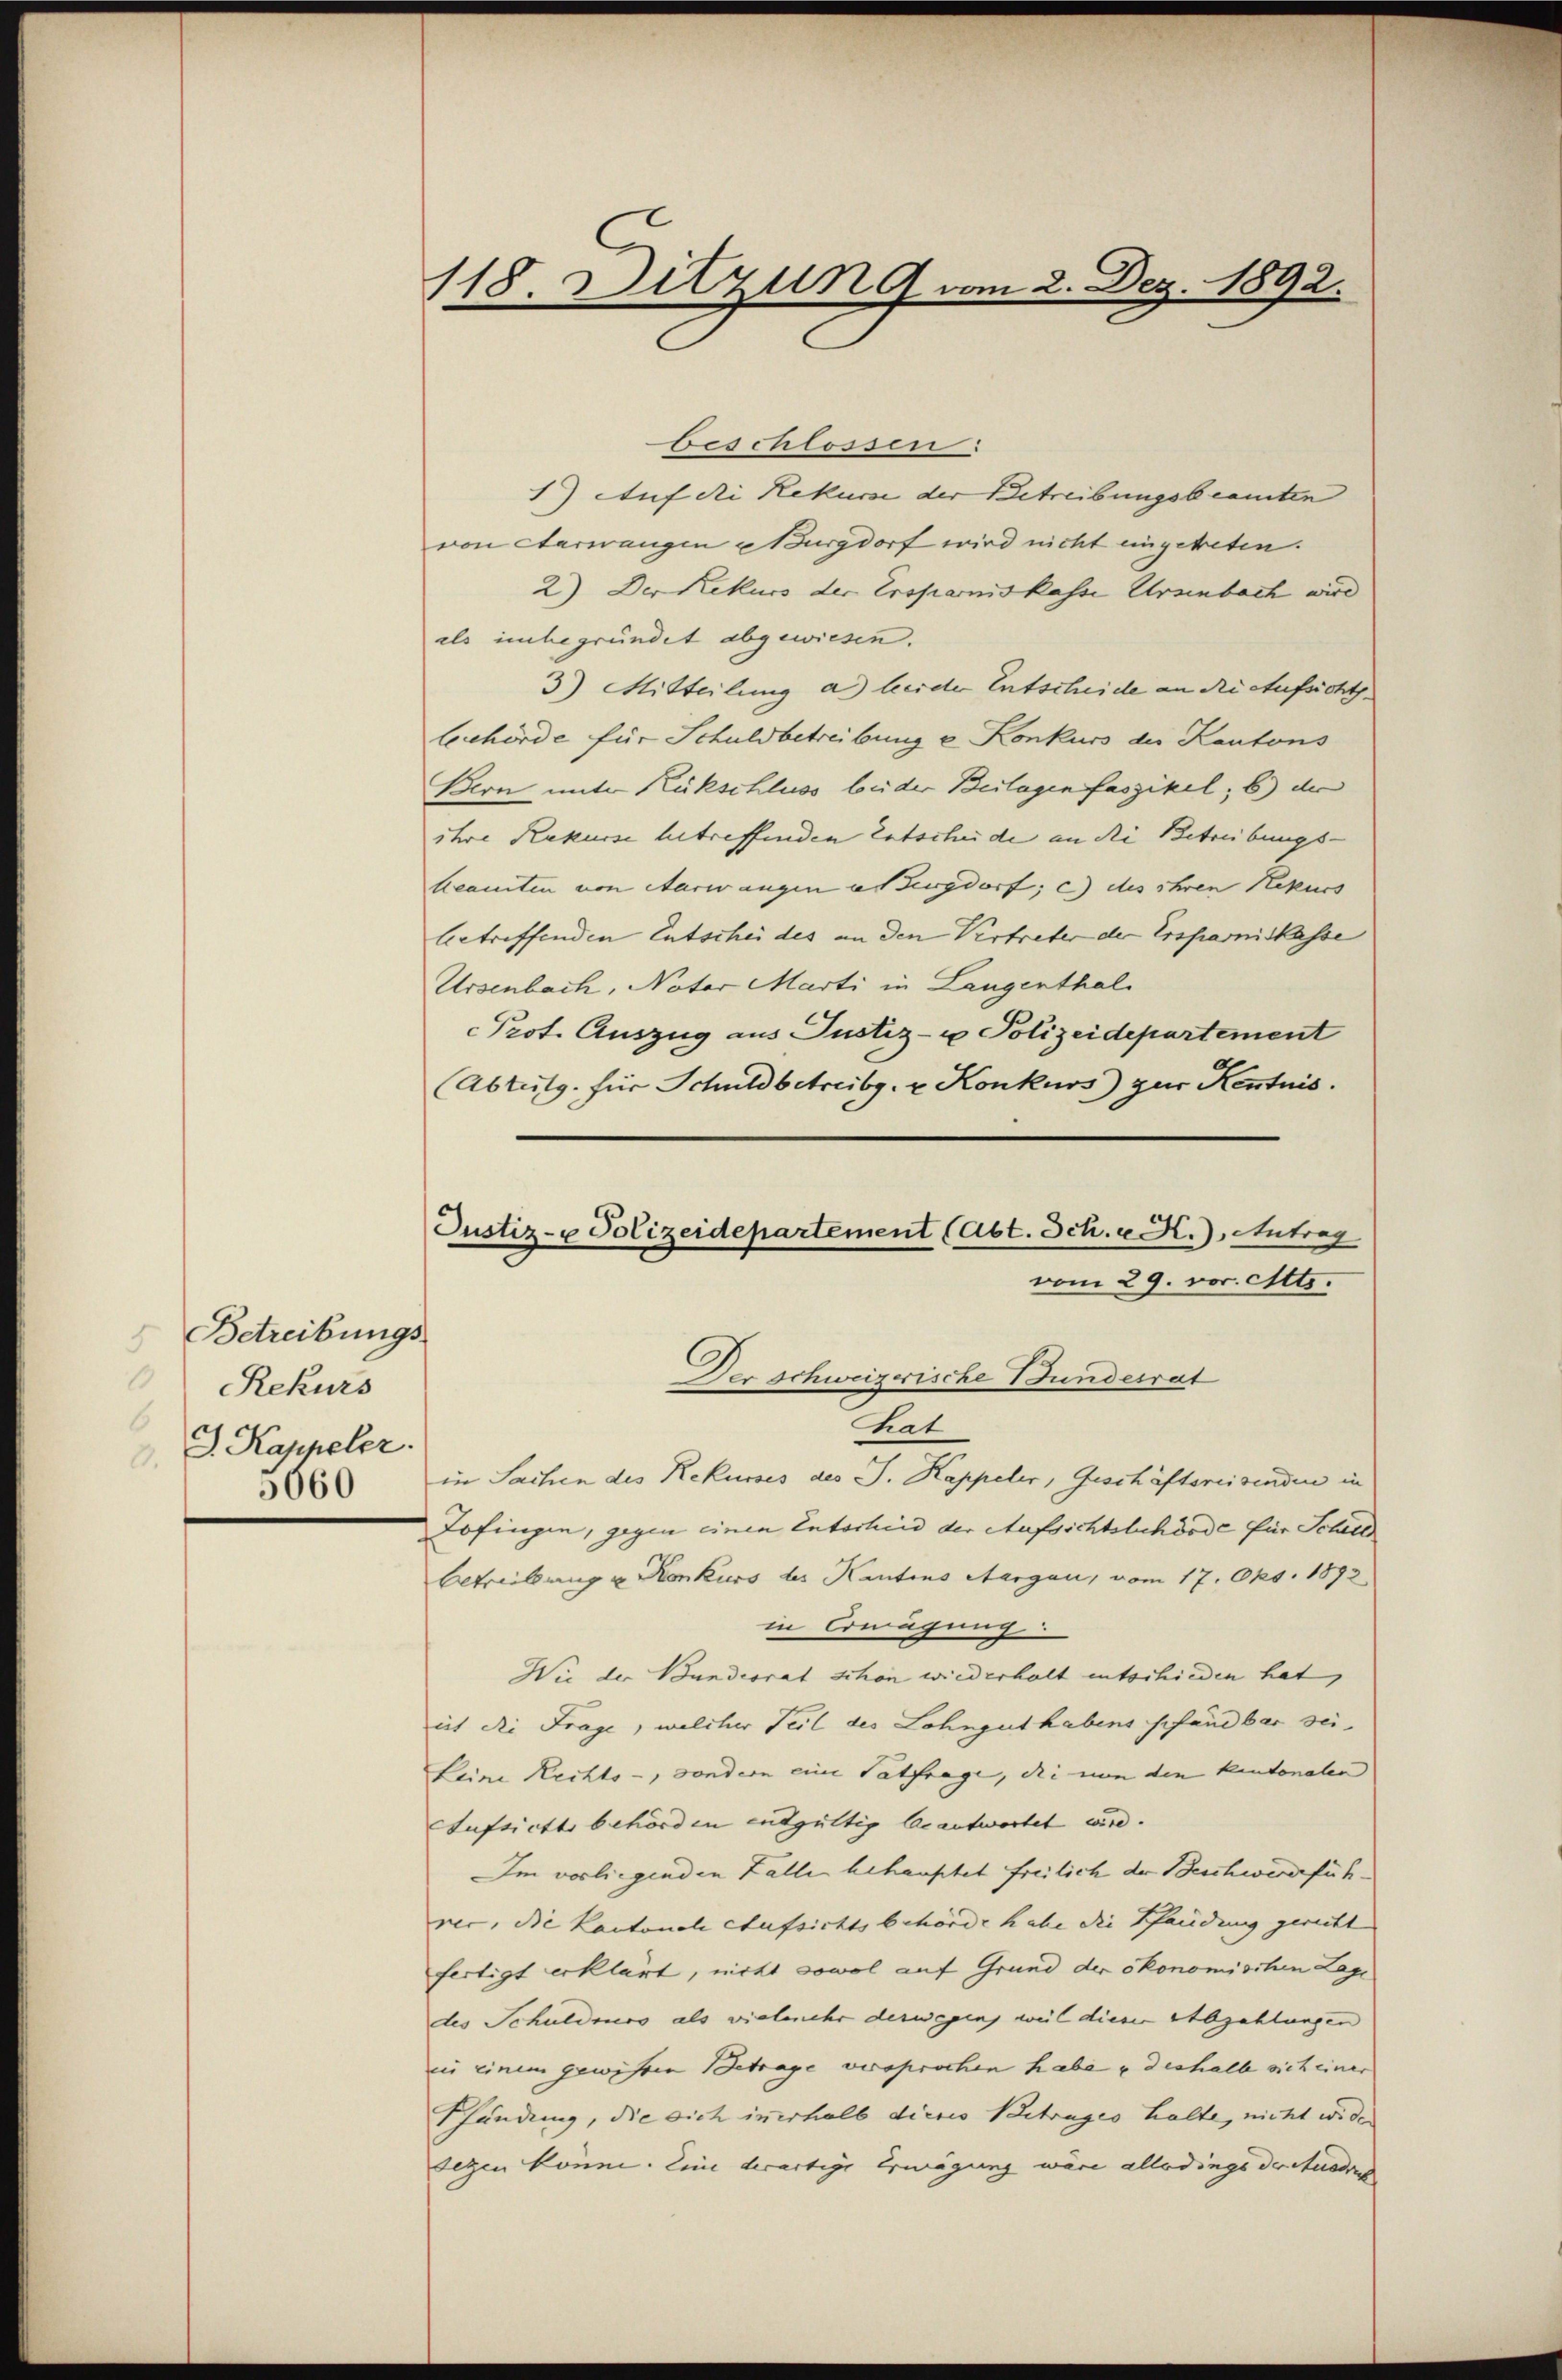
Betreibungs-
Rekurs
6
J. Kappeler.
9.
5660

118. Ditzung vom 2. Dez. 1892.

Justiz- u Polizeidepartement (Abt. Sch. u. H. Antrag
vom 29. vor. Mts.
Der Schweizerische Bundesrat

beschlossen:
1) Auf die Rekurse der Betreibungsbeamten
von Aarwangen u Burgdorf wird nicht eingetreten.
2) Der Rekurs der Ersparnis kasse Urzenbach wird
als unbegründet abgewiesen.
3) Mitteilung an leider Entscheide an die Aufsicht.
behörde für Schuldbetreibung u. Konkurs des Kantons
Bern unter Rückschluss beider Beilagen faszikel; b) der
ihre Rekurse betreffenden Entscheide an di Betreibungs¬
Acamten von Aarwangen es Zurgdorf; c) des ihren Rekurs
betreffenden Entschei des an den Vertreter der Ersparniskasse
Ursenbach, Nater Marti in Langenthal
Prot. Auszug aus Justiz- u Polizeidepartement
Abteilg. Für Schuldbetreibg. u. Konkurs) zur Kentnis.
hrat
in Sachen des Rekurses des J. Kappeler, Geschäftsreisenden in
Zofingen, gegen einen Entschied der Aufsichtsbehörde für Schill
Betreibung u. Konkurs des Kantons Aargau, vom 17. Okt. 1892
in Erwägung:
Wie der Bundesrat schon wiederhalt entschieden hat,
ict die Frage, welcher Teil des Lohngut habens schändbar sei
Leine Rechts-, sondern eine Tatfrage, die von den kantonalen
Aufsicht behörden endgültig beantwortet wird.
Im vorliegenden Falle behauptet freilich der Beschwerdefühver, die Kantonale Aufsichtsbehörde habe die Pfandung gericht
fertigt erklärt, nicht sowol auf Grund der ökonomischen Lage
des Schuldmos als vielmehr derwegen, weil dieser Abzahlungen
in einem gewähren Betrage versprochen habe & deshalb sich einer
Shündung, die sich in erhalb dieses Betrages halte, nicht wide
sezen könne. Eine derartige Erwägung wäre allerdings der Ausdruc